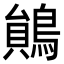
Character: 𪃰